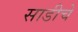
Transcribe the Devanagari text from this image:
साडीचे